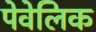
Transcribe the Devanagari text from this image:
पेवेलिक